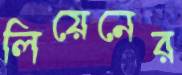
লিয়েনের